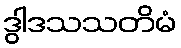
ဒွါဒသသတိမံ